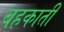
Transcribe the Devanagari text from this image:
बहकाती